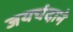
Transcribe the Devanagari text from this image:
जयचंदाने